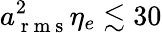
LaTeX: a_{\mathrm{~r~m~s~}}^{2}\eta_{e}\lesssim 30